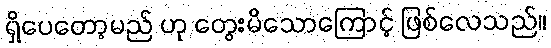
ရှိပေတော့မည် ဟု တွေးမိသောကြောင့် ဖြစ်လေသည်။